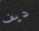
ديف